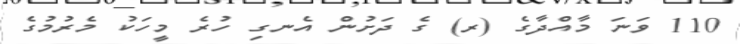
110 ވަނަ މާއްދާގެ (ރ) ގެ ދަށުން އެނގި ހުރެ މީހަކު މެރުމުގެ